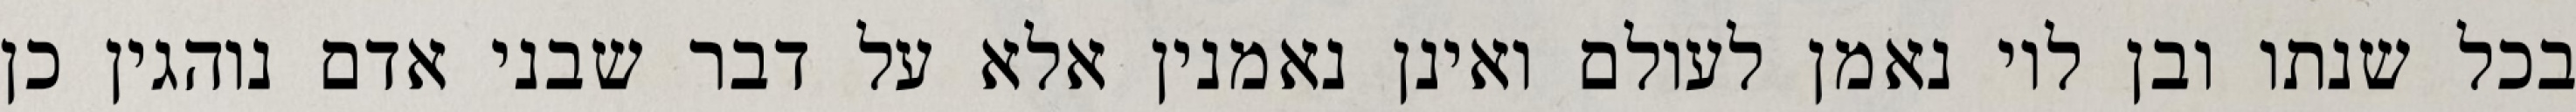
בכל שנתו ובן לוי נאמן לעולם ואינן נאמנין אלא על דבר שבני אדם נוהגין כן